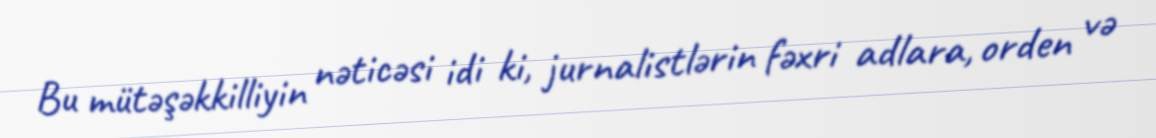
Bu mütəşəkkilliyin nəticəsi idi ki, jurnalistlərin fəxri adlara, orden və